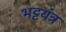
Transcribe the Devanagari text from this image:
भट्टयंत्र